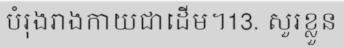
បំរុងរាងកាយជាដើម។13. សួរខ្លួន